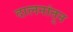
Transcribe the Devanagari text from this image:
दालनांतून